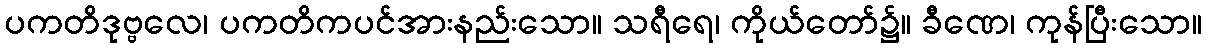
ပကတိဒုဗ္ဗလေ၊ ပကတိကပင်အားနည်းသော။ သရီရေ၊ ကိုယ်တော်၌။ ခီဏေ၊ ကုန်ပြီးသော။